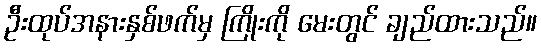
ဦးထုပ်အနားနှစ်ဖက်မှ ကြိုးကို မေးတွင် ချည်ထားသည်။